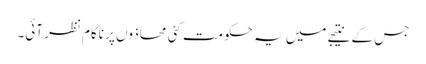
جس کے نتیجے میں یہ حکومت کئی محاذوں پر ناکام نظر آئی۔